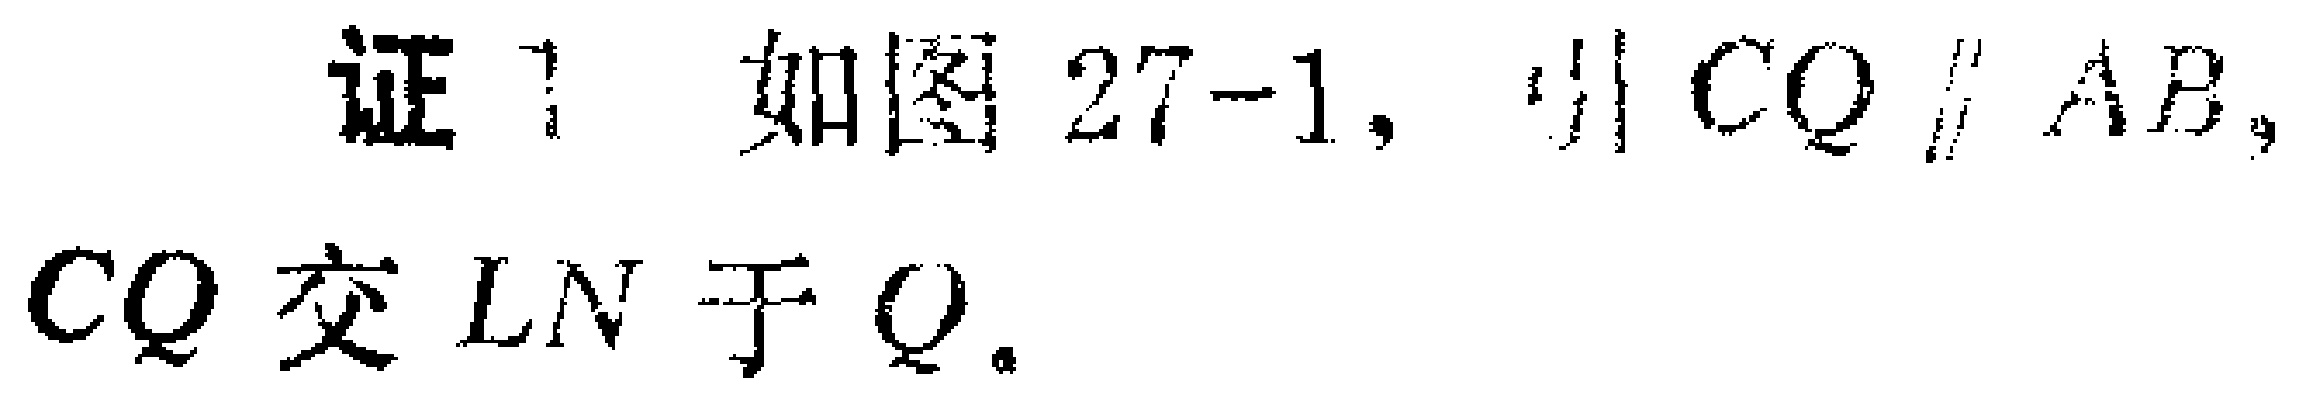
证 1 如图 27-1，$\because CQ\parallel AB$，$CQ$交$LN$于$Q$。